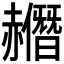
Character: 𧹿